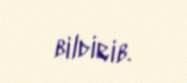
bildirib.